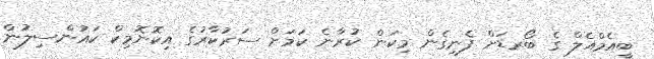
ބީއެމްއެލް ގެ ބޯރޑަށް ފެނިގެން މިކަން ކުރާނެ ކަމަށް ސަރުކާރުގެ އިކޮނޮމިކް ކައުންސިލުން